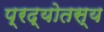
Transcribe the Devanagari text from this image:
प्रद्योतस्य